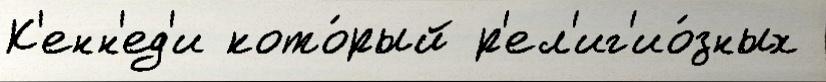
К'енн'ед'и кото́рый р'ел'иг'ио́зных